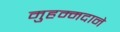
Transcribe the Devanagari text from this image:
मुहम्मदाने